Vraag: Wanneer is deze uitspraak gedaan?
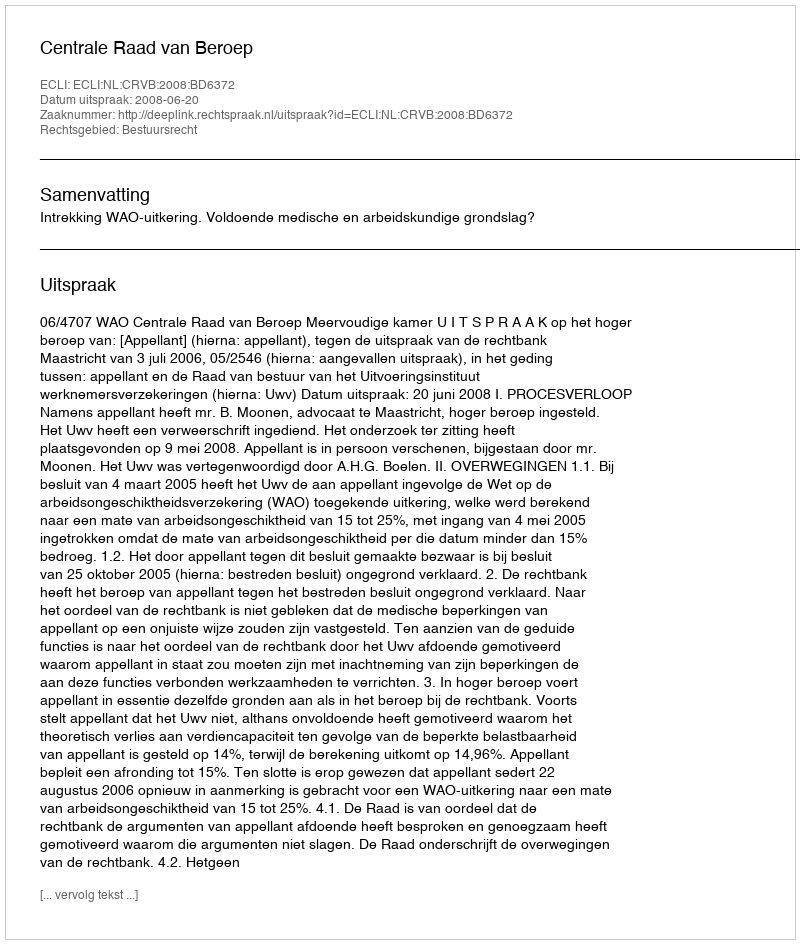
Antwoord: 2008-06-20